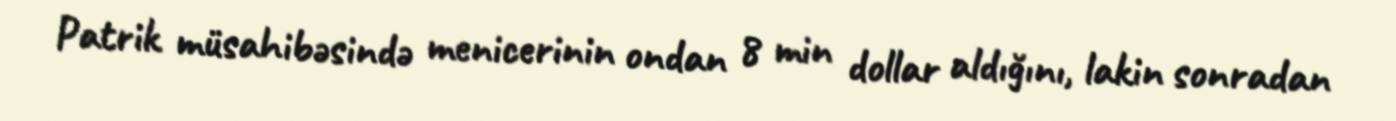
Patrik müsahibəsində menicerinin ondan 8 min dollar aldığını, lakin sonradan